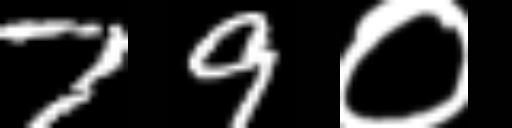
Text: 79०